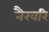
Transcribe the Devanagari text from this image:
नैखरि